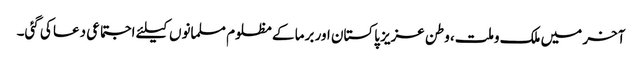
آخر میں ملک وملت، وطن عزیز پاکستان اور برما کے مظلوم مسلمانوں کیلئے اجتماعی دعا کی گئی۔